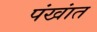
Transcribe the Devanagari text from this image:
पंखांत